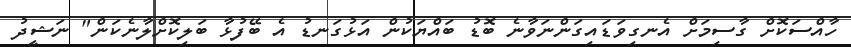
ހާއްސަކޮށް ގާސިމަށް އެނގިވަޑައިގަންނަވާނެ ބޮޑު ބައްޔަކުން އަޅުގަނޑު އެ ބޭފުޅާ ބަލިކޮށްލާނެކަން" ނަޝީދު